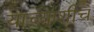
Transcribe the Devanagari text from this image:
याच्याशीच